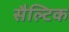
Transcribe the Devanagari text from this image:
सैल्टिक